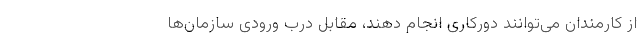
از کارمندان می‌توانند دورکاری انجام دهند، مقابل درب ورودی سازمان‌ها